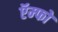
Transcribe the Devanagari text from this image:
ऍम्फो